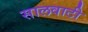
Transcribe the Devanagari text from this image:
सालवाटी